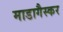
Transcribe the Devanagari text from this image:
माडागैस्कर